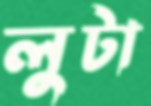
লুটা